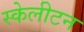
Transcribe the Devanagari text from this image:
स्केलीटन